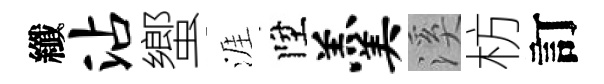
纖沾蠁涯陞羹溪枋訂